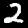
Digit: 2